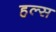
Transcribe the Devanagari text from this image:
हल्स